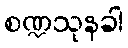
စဏ္ဍသုနခါ